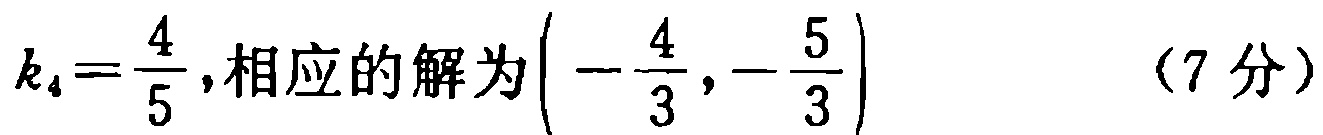
$k_{4}=\frac{4}{5},相应的解为\left(-\frac{4}{3},-\frac{5}{3}\right)\ \ \ \ \ (7分)$